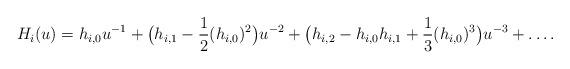
LaTeX: \begin{align*}H_{i}(u)=h_{i,0}u^{-1}+\big(h_{i,1}-\frac{1}{2}(h_{i,0})^2\big)u^{-2}+\big(h_{i,2}-h_{i,0}h_{i,1}+\frac{1}{3}(h_{i,0})^3\big)u^{-3}+\ldots.\end{align*}